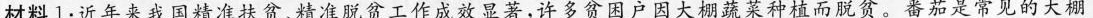
(2019·菏泽)材料1：近年来我国精准扶贫、精准脱贫工作成效显著，许多贫困户因大棚蔬菜种植而脱贫。番茄是常见的大棚